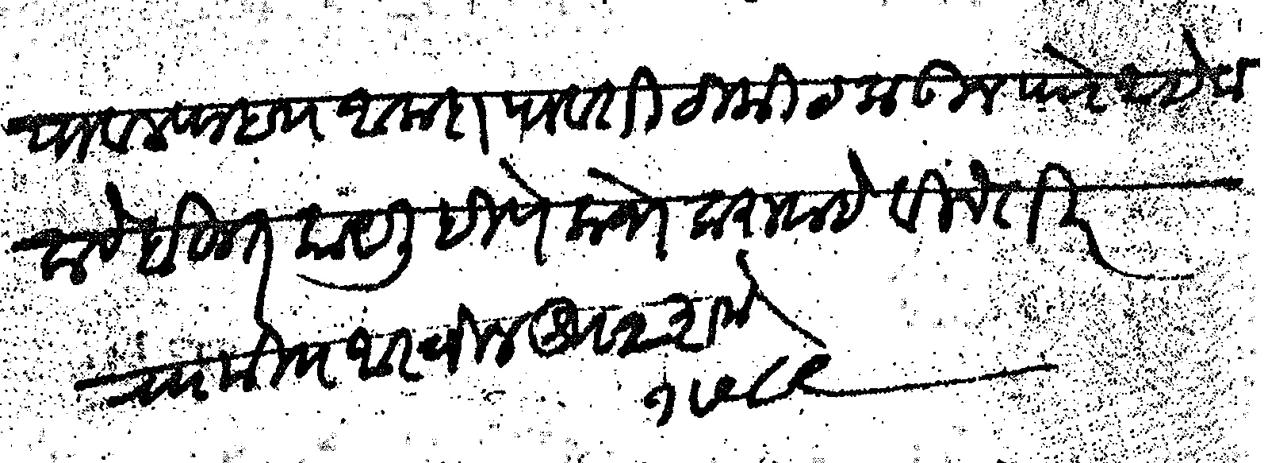
Transliteration (Devanagari): पावल्याब आलादा पावती टिकीट लाऊन पो आहे कळावे बहुत काय लिहिणे लोभ करावा हे विनंती रा मि आस्विन शु २ शके १७८९